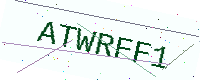
Text: ATWRFF1